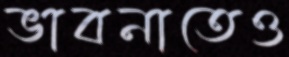
ভাবনাতেও